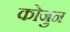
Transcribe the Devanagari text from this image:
कोजुन